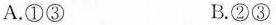
A.①③ B.②③